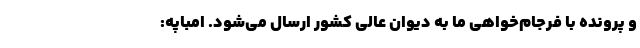
و پرونده با فرجام‌خواهی ما به دیوان عالی کشور ارسال می‌شود. امباپه: